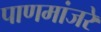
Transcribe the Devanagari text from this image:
पाणमांजरे